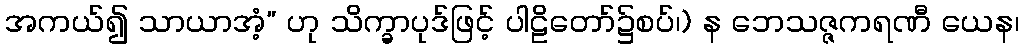
အကယ်၍ သာယာအံ့” ဟု သိက္ခာပုဒ်ဖြင့် ပါဠိတော်၌စပ်၊) န ဘေသဇ္ဇကရဏီ ယေန၊